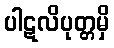
ပါဋလိပုတ္တမှိ